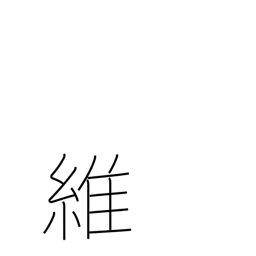
Meaning: rope